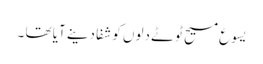
یسوع مسیح ٹوٹے دلوں کو شفا دینے آیا تھا ۔